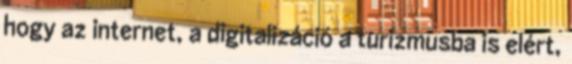
hogy az internet, a digitalizáció a turizmusba is elért,